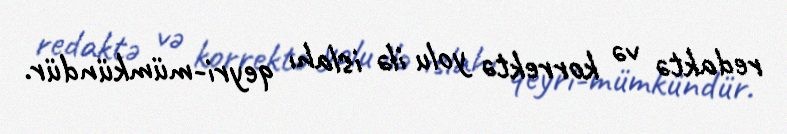
redaktə və korrektə yolu ilə islahı qeyri-mümkündür.